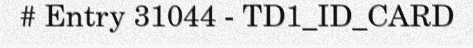
# Entry 31044 - TD1_ID_CARD